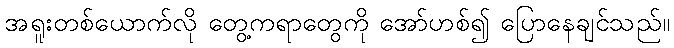
အရူးတစ်ယောက်လို တွေ့ကရာတွေကို အော်ဟစ်၍ ပြောနေချင်သည်။